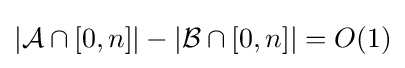
|{\mathcal {A}}\cap [0,n]|-|{\mathcal {B}}\cap [0,n]|=O(1)